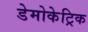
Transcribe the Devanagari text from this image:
डेमोकेट्रिक